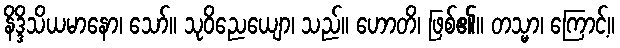
နိဒ္ဒိသိယမာနော၊ သော်။ သုဝိညေယျော၊ သည်။ ဟောတိ၊ ဖြစ်၏။ တသ္မာ၊ ကြောင့်။